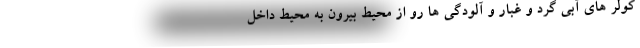
کولر های آبی گرد و غبار و آلودگی ها رو از محیط بیرون به محیط داخل